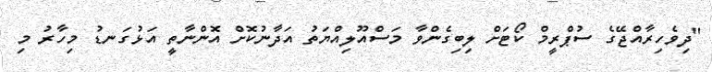
"ދިވެހިރާއްޖޭގެ ސުޕްރީމް ކޯޓަށް ލިބިގެންވާ މަސްއޫލިއްޔަތު އަދާނުކޮށް އޮންނާތީ އަޅުގަނޑު މިހާރު މި